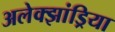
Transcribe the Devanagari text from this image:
अलेक्‍झांड्रिया